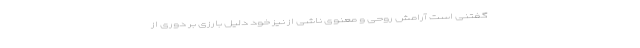
گفتنی است آرامش روحی و معنویِ ناشی از نیز خود دلیل بارزی بر دوری از